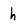
Character: h